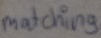
Text: matching